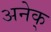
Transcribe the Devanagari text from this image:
अनेक्